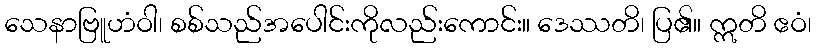
သေနာဗြူဟံဝါ၊ စစ်သည်အပေါင်းကိုလည်းကောင်း။ ဒေဿတိ၊ ပြ၏။ ဣတိ ဧဝံ၊